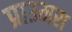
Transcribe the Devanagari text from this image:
प्राउमस